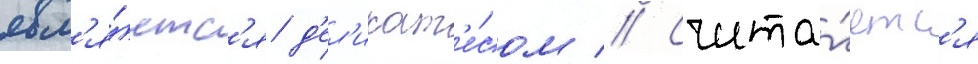
явл'я́етс'я д'ел'икат'е́сом // Счита́етс'я